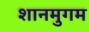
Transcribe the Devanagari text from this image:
शानमुगम